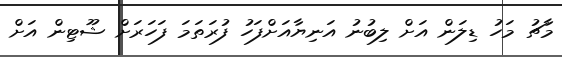
މާޗު މަހު ޑިލަން އަށް ލިބުނު އަނިޔާއަށްފަހު ފުރަތަމަ ފަހަރަށް ޝޫޓިން އަށް